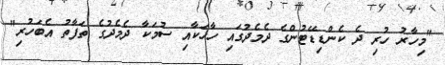
"މިހާރު ހުރި ދެ ކެންޑިޑޭޓުންގެ ދެމެދުގައި ހާހަކާއި ސުމަކާ ދެމެދުގެ ތަފާތު އެބަހުރި"